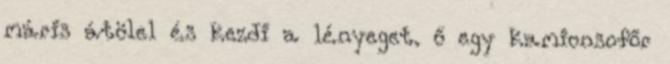
máris átölel és kezdi a lényeget. ő egy kamionsofőr